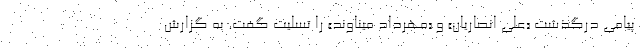
پیامی درگذشت «علی انصاریان» و «مهرداد میناوند» را تسلیت گفت. به گزارش